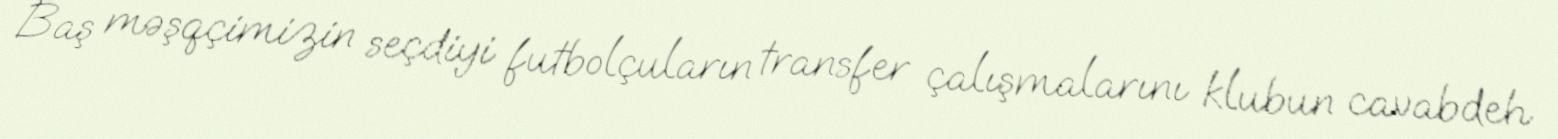
Baş məşqçimizin seçdiyi futbolçuların transfer çalışmalarını klubun cavabdeh